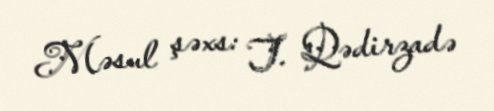
Məsul şəxs: T. Qədirzadə